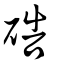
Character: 硞